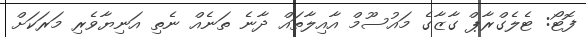
ފޮޓޯ: ޓެލެގްރާޕް ގާޒާގެ މައުސޫމް އާއިލާތައް ދާނެ ތަނެއް ނެތި އަނިޔާވެރި މަރަކަށް